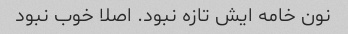
نون خامه ایش تازه نبود. اصلا خوب نبود